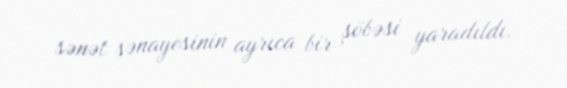
sənət sənayesinin ayrıca bir şöbəsi yaradıldı.